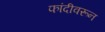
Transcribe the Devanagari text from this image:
फांदीवरून